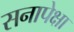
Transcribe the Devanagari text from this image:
सनापेक्षा